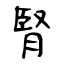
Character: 腎